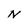
Character: N